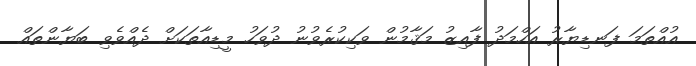
އުއްތަމަ ފަނޑިޔާރު އަހްމަދު ފާއިޒު މަޤާމުން ވަކިކުރެވުނު ދުވަހު މީޑިއާތަކަށް ދެއްވެވި ބަޔާންތައް